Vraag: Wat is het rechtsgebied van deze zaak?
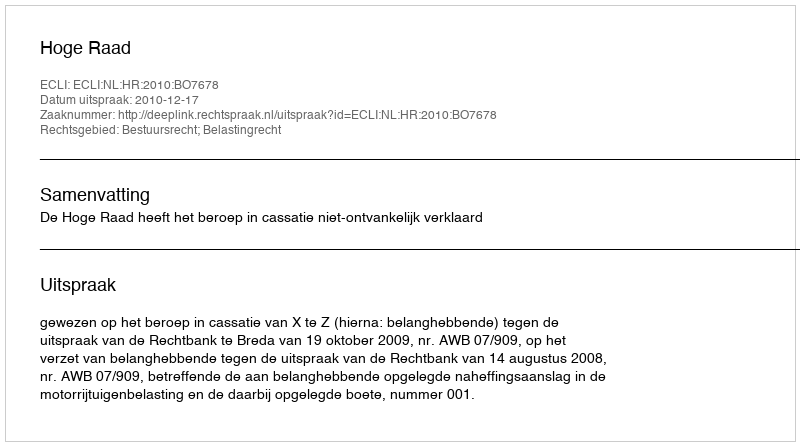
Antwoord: Bestuursrecht; Belastingrecht